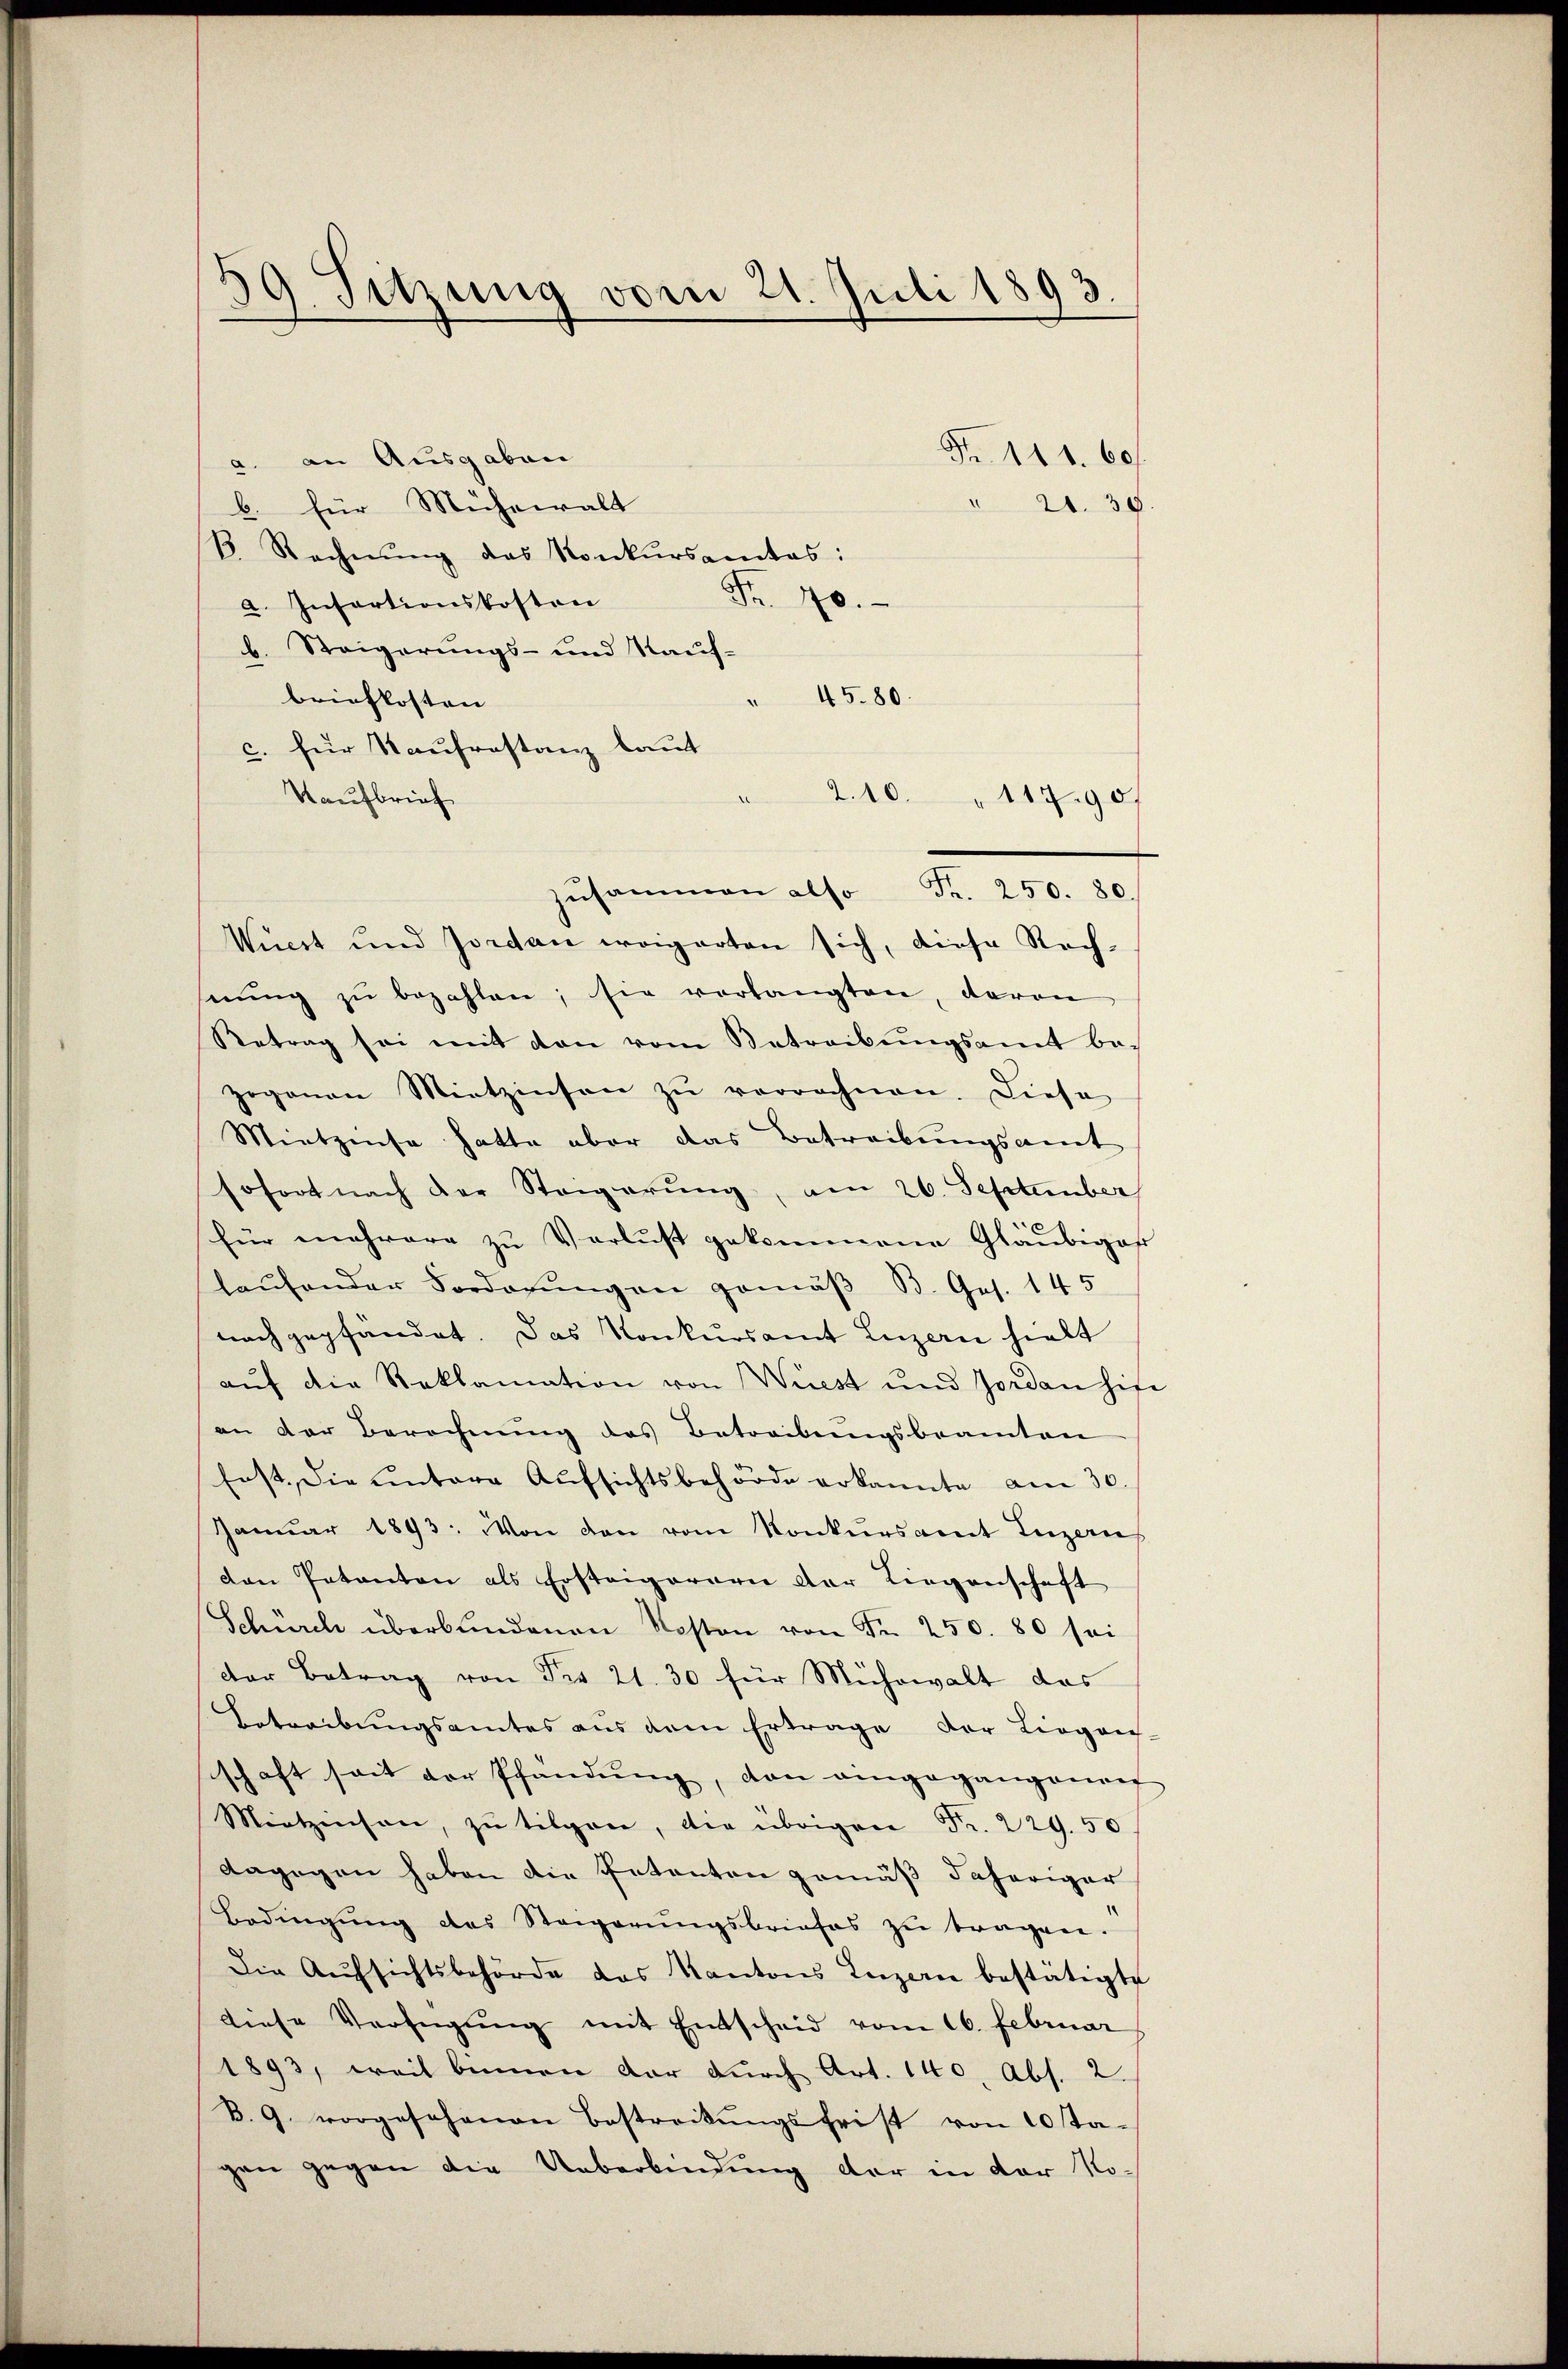
39. Sitzung vom 21. Juli 1893.

a. an Ausgaben
b. für Mühewalt
B. Rechnŭng das Konkursamtes:
Fr. 40.
a. Insartionskosten
b. Steigerungs- und Kauf-
" 45. 80.
briefkosten |
c. für Naufrestanz laut
Kaufbrief
2.10. 117.90/
Wüest und Jordan weigarten sich, diese Rechserŭng zŭ bezahlen; sie vorlangten, davon
Betrag sei mit den vom Betreibŭngsamt be-
zogenen Mietzinsen zŭ verrechnen. Diese
Mintzenso hatte aber das Betreibungsamt
sofort nach der Steigerung, am 26. September
für mehrere zŭ Verlust gekommene Gläubiges
laŭfender Vorderŭngen gemäβ B. Ges. 145
nach gepfändet. Das Konkursamt Luzern hielt
aŭf die Reklamation von Wiest und Jordan hie
an der Berechnŭng des Betreibŭngsbeamten
frst, die ŭntere Aŭfsichtsbehörde erkannte am 30.
Januar 1893. Von den vom Konkursamt Luzern,
den Petenten als Ersteigerern der Liegenschaft
Schürch überbundenen Kosten von Fr. 250. 80 sei
der Betrag von der 21. 30 für Mühewalt das
Betreibungsamtes aus dem Ertrage der Liegen-
schaft seit der Pfandŭng, dan eingegangenen
Mitzinsen, zu tilgen, die übrigen Fr. 229. 50.
dagegen haben die Petenten gemäß daheriger
Bedingŭng des Stegerŭngsbriefes zŭ tragen.
Die Aŭfsichtsbehörde das Kantons Luzerne bestätigte
diese Verfügŭng mit Entscheid vom 16. Februar
1893, weil binnen dar durch Art. 140. Abs. 2.
B. G. vorgesehenen Bestreckŭngsfrist von 10 ta-
gen gegen die Ueberbindŭng der in der No¬

zusammen also Fr. 250. 80

Fr. 111. 60.
" 21. 30.